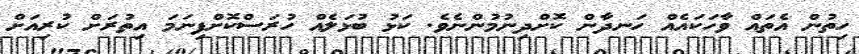
ހިތުން އެތައް ވާހަކައެއް ހަނދާން ކޮށްދިނުމުންނެވެ. ކަޅު ބުޅަލެއް ހުރަސްކޮށްފިނަމަ އިތުރަށް ކުރިއަށް